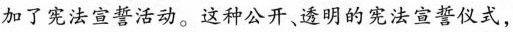
加了宪法宣誓活动。这种公开、透明的宪法宣誓仪式，